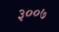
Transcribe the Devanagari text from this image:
३००७